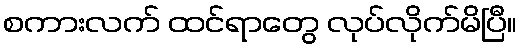
စကားလက် ထင်ရာတွေ လုပ်လိုက်မိပြီ။